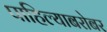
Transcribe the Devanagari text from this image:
पाहिल्याबरोबर